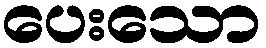
ပေးသော